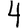
Digit: 4